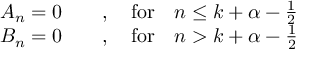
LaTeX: \begin{array} { c } { { A _ { n } = 0 \qquad , \quad \mathrm { f o r } \quad n \leq k + \alpha - \frac { 1 } { 2 } } } \\ { { B _ { n } = 0 \qquad , \quad \mathrm { f o r } \quad n > k + \alpha - \frac { 1 } { 2 } } } \end{array}